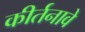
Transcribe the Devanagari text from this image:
कीर्तनावे